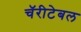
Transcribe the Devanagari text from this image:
चॅरीटेबल